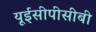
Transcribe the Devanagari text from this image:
यूईसीपीसीबी